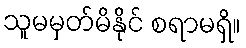
သူမမှတ်မိနိုင် စရာမရှိ။